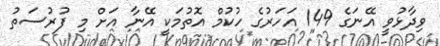
ވިދާޅުވީ އޭނަގެ 149 އަހަރުގެ ހުކުމް އޮތުމަކީ އޭނާ އަށް މި ފުރުސަތު